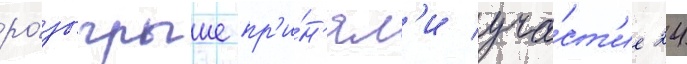
ро́зыгрыше пр'и́н'ял'и уча́ст'ие 24